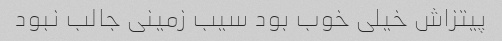
پیتزاش خیلی خوب بود سیب زمینی جالب نبود